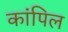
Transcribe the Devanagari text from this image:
कांपिल